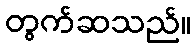
တွက်ဆသည်။